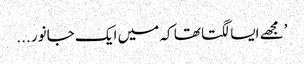
’مجھے ایسا لگتا تھا کہ میں ایک جانور ...